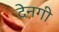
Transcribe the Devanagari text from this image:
देनगी